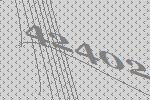
42402